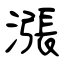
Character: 漲